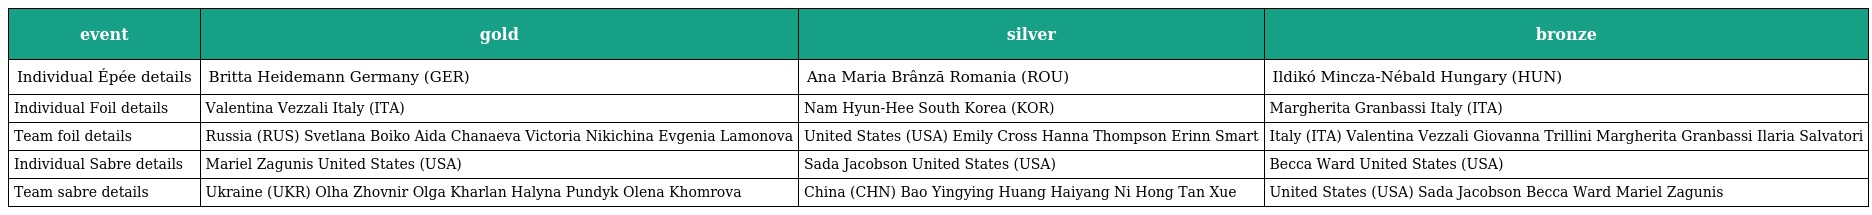
| event | gold | silver | bronze |
 | --- | --- | --- | --- |
 | Individual Épée details | Britta Heidemann Germany (GER) | Ana Maria Brânză Romania (ROU) | Ildikó Mincza-Nébald Hungary (HUN) |
 | Individual Foil details | Valentina Vezzali Italy (ITA) | Nam Hyun-Hee South Korea (KOR) | Margherita Granbassi Italy (ITA) |
 | Team foil details | Russia (RUS) Svetlana Boiko Aida Chanaeva Victoria Nikichina Evgenia Lamonova | United States (USA) Emily Cross Hanna Thompson Erinn Smart | Italy (ITA) Valentina Vezzali Giovanna Trillini Margherita Granbassi Ilaria Salvatori |
 | Individual Sabre details | Mariel Zagunis United States (USA) | Sada Jacobson United States (USA) | Becca Ward United States (USA) |
 | Team sabre details | Ukraine (UKR) Olha Zhovnir Olga Kharlan Halyna Pundyk Olena Khomrova | China (CHN) Bao Yingying Huang Haiyang Ni Hong Tan Xue | United States (USA) Sada Jacobson Becca Ward Mariel Zagunis |